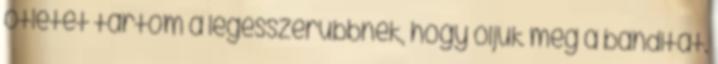
ötletet tartom a legésszerűbbnek, hogy öljük meg a banditát.